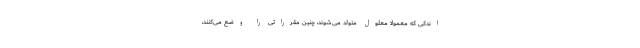
اندکی که معمولاً معلول متولد می‌شوند، چنین مقرراتی را وضع می‌کنند،